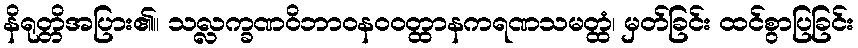
နိရုတ္တိအပြား၏။ သလ္လက္ခဏဝိဘာဝနဝဝတ္ထာနကရဏသမတ္ထံ၊ မှတ်ခြင်း ထင်စွာပြခြင်း